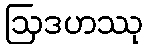
ဩဒဟဿု